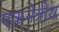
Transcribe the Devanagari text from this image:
एकनेत्रीय